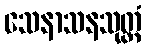
သေနာသနသုတ္တံ